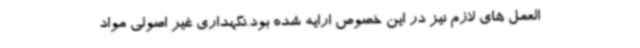
العمل های لازم نیز در این خصوص ارایه شده بود.نگهداری غیر اصولی مواد